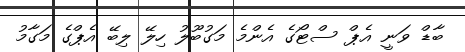
ބާޑް ވަނީ އެޕް ސްޓޯގެ އެންމެ މަގުބޫލު ހިލޭ ލިބޭ އެޕްގެ މަގާމު